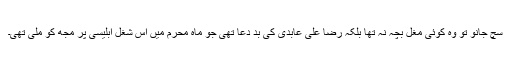
سچ جانو تو وہ کوئی مغل بچہ نہ تھا بلکہ رضا علی عابدی کی بد دعا تھی جو ماہِ محرم میں اس شغل ابلیسی پر مجھ کو ملی تھی۔